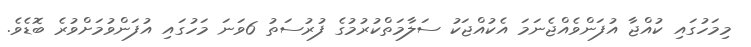
މިމަހުގައި ކުއްޖާ އުފަންވެއްޖެނަމަ އެކުއްޖަކު ސަލާމަތްކުރުމުގެ ފުރުސަތު 6ވަނަ މަހުގައި އުފަންވުމަށްވުރެ ބޮޑެވެ.